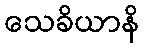
သေခိယာနိ